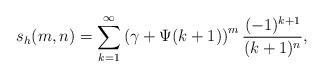
LaTeX: \begin{align*} s_h(m,n) = \sum_{k=1}^{\infty} \left( \gamma + \Psi(k+1) \right)^m \frac{(-1)^{k+1}}{(k+1)^n},\end{align*}